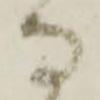
な